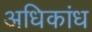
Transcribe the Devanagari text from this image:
अधिकांध